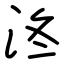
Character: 泈